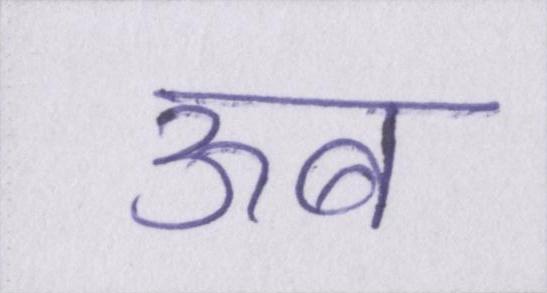
ऊब